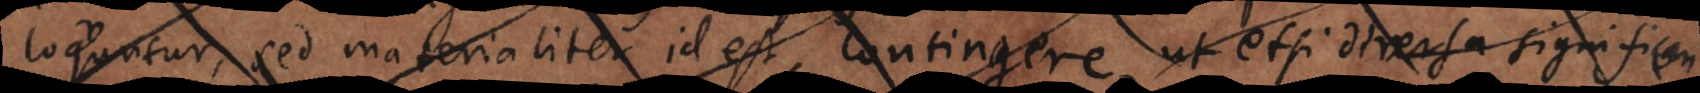
loquuntur, sed materialiter id est, contingere ut etsi diversa significan